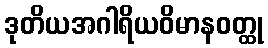
ဒုတိယအဂါရိယဝိမာနဝတ္ထု